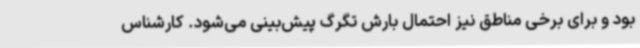
بود و برای برخی مناطق نیز احتمال بارش تگرگ پیش‌بینی می‌شود. کارشناس